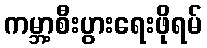
ကမ္ဘာ့စီးပွားရေးဖိုရမ်